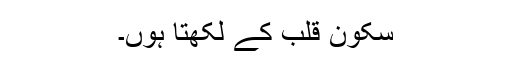
سکون قلب کے لکھتا ہوں۔